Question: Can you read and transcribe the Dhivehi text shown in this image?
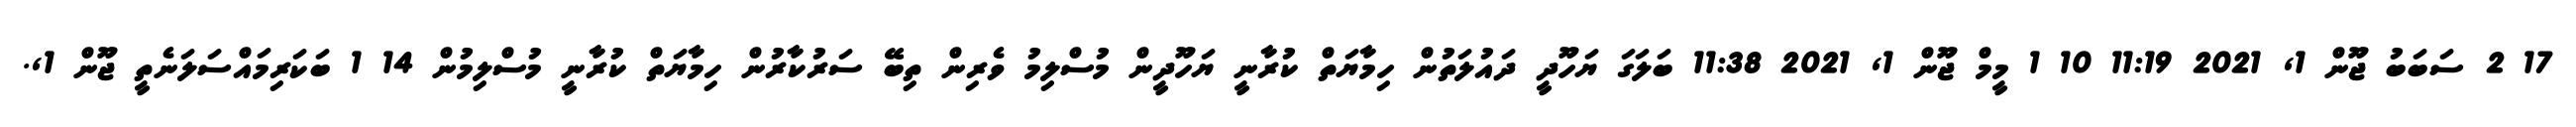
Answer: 17 2 ސަބަބު ޖޫން 1, 2021 11:19 10 1 މީމް ޖޫން 1, 2021 11:38 ބަލަގަ ޔަހޫދީ ދައުލަތުން ހިމާޔަތް ކުރާނީ ޔަހޫދީން މުސްލިމު ވެރިން ތިބޭ ސަރުކާރުން ހިމާޔަތް ކުރާނީ މުސްލިމުން 14 1 ބަކަރިމައްސަލަނެތީ ޖޫން 1,.